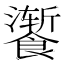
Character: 𫗚